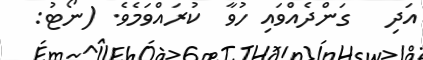
އަދި   ގަންދެއްވައި ހުވާ  ކުރައްވަމެވެ. (ނޯޓު: